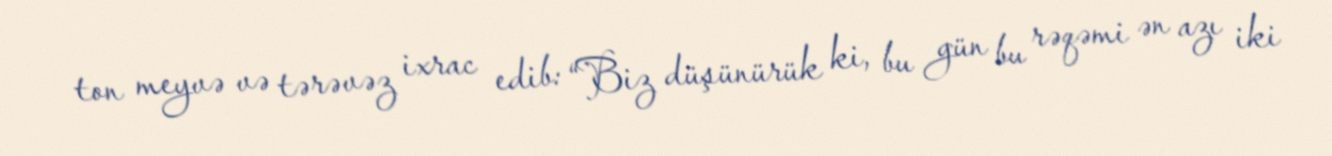
ton meyvə və tərəvəz ixrac edib: “Biz düşünürük ki, bu gün bu rəqəmi ən azı iki